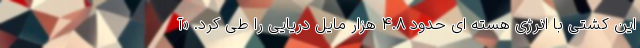
این کشتی با انرژی هسته ای حدود ۴.۸ هزار مایل دریایی را طی کرد. «آ